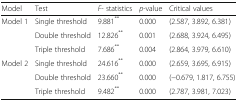
<table><thead><tr><td><b>Model</b></td><td><b>Test</b></td><td><b><i>F</i>- statistics</b></td><td><b><i>p</i>-value</b></td><td><b>Critical values</b></td></tr></thead><tbody><tr><td rowspan="3">Model 1</td><td>Single threshold</td><td>9.881<sup>**</sup></td><td>0.000</td><td>(2.587, 3.892, 6.381)</td></tr><tr><td>Double threshold</td><td>12.826<sup>**</sup></td><td>0.001</td><td>(2.688, 3.924, 6.495)</td></tr><tr><td>Triple threshold</td><td>7.686<sup>**</sup></td><td>0.004</td><td>(2.864, 3.979, 6.610)</td></tr><tr><td rowspan="3">Model 2</td><td>Single threshold</td><td>24.616<sup>**</sup></td><td>0.000</td><td>(2.659, 3.695, 6.915)</td></tr><tr><td>Double threshold</td><td>23.660<sup>**</sup></td><td>0.000</td><td>(−0.679, 1.817, 6.755)</td></tr><tr><td>Triple threshold</td><td>9.482<sup>**</sup></td><td>0.000</td><td>(2.787, 3.981, 7.023)</td></tr></tbody></table>